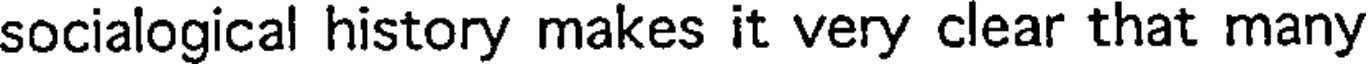
socialogical history makes it very clear that many